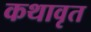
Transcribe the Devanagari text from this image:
कथावृत